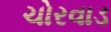
ચોરવાડ